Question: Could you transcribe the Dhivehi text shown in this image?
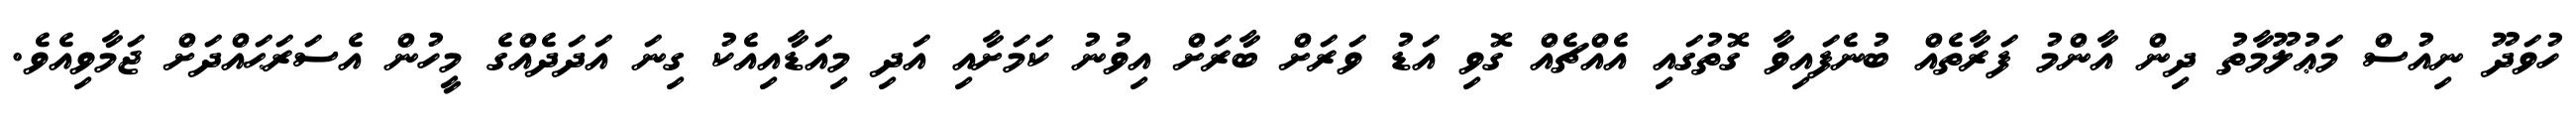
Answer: ހުވަދޫ ނިއުސް މަޢުލޫމާތު ދިން އާންމު ފަރާތެއް ބުނެފައިވާ ގޮތުގައި އެއްޗެއް ގޮވި އަޑު ވަރަށް ބާރަށް އިވުނު ކަމަށާއި އަދި މިއަޑާއިއެކު ގިނަ އަދަދެއްގެ މީހުން އެސަރަޙައްދަށް ޖަމާވިއެވެ.